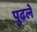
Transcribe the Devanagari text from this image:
पुढले